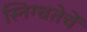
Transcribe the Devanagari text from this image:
स्निग्धतेचें